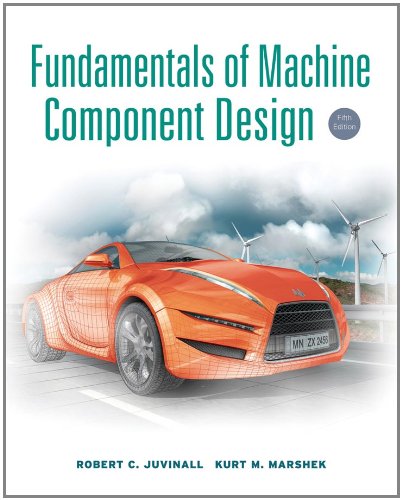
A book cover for Fundamentals of Machine Component Design; Robert C. Juvinall; Engineering & Transportation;